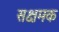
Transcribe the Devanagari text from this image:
सक्षमक